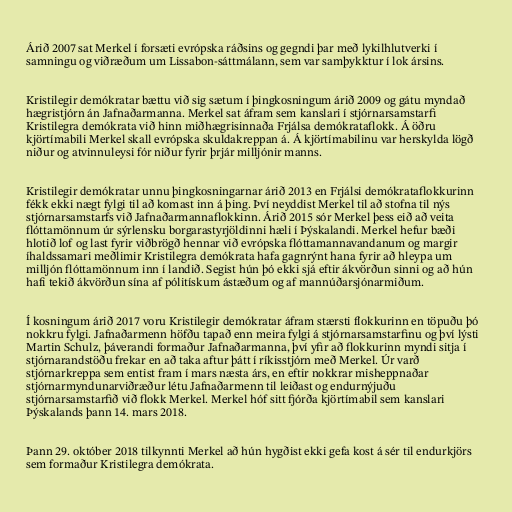
Árið 2007 sat Merkel í forsæti evrópska ráðsins og gegndi þar með lykilhlutverki í
samningu og viðræðum um Lissabon-sáttmálann, sem var samþykktur í lok ársins.

Kristilegir demókratar bættu við sig sætum í þingkosningum árið 2009 og gátu myndað
hægristjórn án Jafnaðarmanna. Merkel sat áfram sem kanslari í stjórnarsamstarfi
Kristilegra demókrata við hinn miðhægrisinnaða Frjálsa demókrataflokk. Á öðru
kjörtímabili Merkel skall evrópska skuldakreppan á. Á kjörtímabilinu var herskylda lögð
niður og atvinnuleysi fór niður fyrir þrjár milljónir manns.

Kristilegir demókratar unnu þingkosningarnar árið 2013 en Frjálsi demókrataflokkurinn
fékk ekki nægt fylgi til að komast inn á þing. Því neyddist Merkel til að stofna til nýs
stjórnarsamstarfs við Jafnaðarmannaflokkinn. Árið 2015 sór Merkel þess eið að veita
flóttamönnum úr sýrlensku borgarastyrjöldinni hæli í Þýskalandi. Merkel hefur bæði
hlotið lof og last fyrir viðbrögð hennar við evrópska flóttamannavandanum og margir
íhaldssamari meðlimir Kristilegra demókrata hafa gagnrýnt hana fyrir að hleypa um
milljón flóttamönnum inn í landið. Segist hún þó ekki sjá eftir ákvörðun sinni og að hún
hafi tekið ákvörðun sína af pólitískum ástæðum og af mannúðarsjónarmiðum.

Í kosningum árið 2017 voru Kristilegir demókratar áfram stærsti flokkurinn en töpuðu þó
nokkru fylgi. Jafnaðarmenn höfðu tapað enn meira fylgi á stjórnarsamstarfinu og því lýsti
Martin Schulz, þáverandi formaður Jafnaðarmanna, því yfir að flokkurinn myndi sitja í
stjórnarandstöðu frekar en að taka aftur þátt í ríkisstjórn með Merkel. Úr varð
stjórnarkreppa sem entist fram í mars næsta árs, en eftir nokkrar misheppnaðar
stjórnarmyndunarviðræður létu Jafnaðarmenn til leiðast og endurnýjuðu
stjórnarsamstarfið við flokk Merkel. Merkel hóf sitt fjórða kjörtímabil sem kanslari
Þýskalands þann 14. mars 2018.

Þann 29. október 2018 tilkynnti Merkel að hún hygðist ekki gefa kost á sér til endurkjörs
sem formaður Kristilegra demókrata.